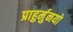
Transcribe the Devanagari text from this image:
प्राहुर्मुनयो